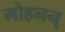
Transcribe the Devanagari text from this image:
मोहनन्